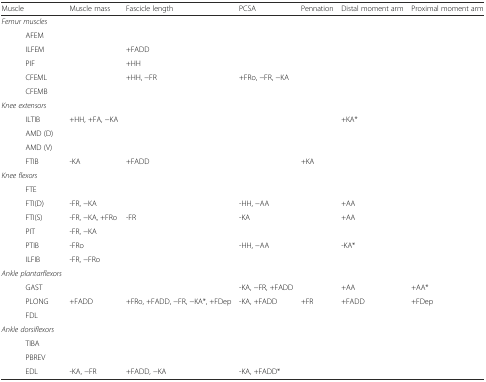
| Muscle | Muscle mass | Fascicle length | PCSA | Pennation | Distal moment arm | Proximal moment arm |
 | --- | --- | --- | --- | --- | --- | --- |
 | Femur muscles |  |  |  |  |  |  |
 | AFEM |  |  |  |  |  |  |
 | ILFEM |  | +FADD |  |  |  |  |
 | PIF |  | +HH |  |  |  |  |
 | CFEML |  | +HH, −FR | +FRo, −FR, −KA |  |  |  |
 | CFEMB |  |  |  |  |  |  |
 | Knee extensors |  |  |  |  |  |  |
 | ILTIB | +HH, +FA, −KA |  |  |  | +KA* |  |
 | AMD (D) |  |  |  |  |  |  |
 | AMD (V) |  |  |  |  |  |  |
 | FTIB | -KA | +FADD |  | +KA |  |  |
 | Knee flexors |  |  |  |  |  |  |
 | FTE |  |  |  |  |  |  |
 | FTI(D) | -FR, −KA |  | -HH, −AA |  | +AA |  |
 | FTI(S) | -FR, −KA, +FRo | -FR | -KA |  | +AA |  |
 | PIT | -FR, −KA |  |  |  |  |  |
 | PTIB | -FRo |  | -HH, −AA |  | -KA* |  |
 | ILFIB | -FR, −FRo |  |  |  |  |  |
 | Ankle plantarflexors |  |  |  |  |  |  |
 | GAST |  |  | -KA, −FR, +FADD |  | +AA | +AA* |
 | PLONG | +FADD | +FRo, +FADD, −FR, −KA*, +FDep | -KA, +FADD | +FR | +FADD | +FDep |
 | FDL |  |  |  |  |  |  |
 | Ankle dorsiflexors |  |  |  |  |  |  |
 | TIBA |  |  |  |  |  |  |
 | PBREV |  |  |  |  |  |  |
 | EDL | -KA, −FR | +FADD, −KA | -KA, +FADD* |  |  |  |